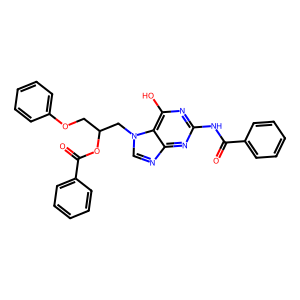
SMILES: O=C(Nc1nc(O)c2c(ncn2CC(COc2ccccc2)OC(=O)c2ccccc2)n1)c1ccccc1
Inhibits HIV replication: No